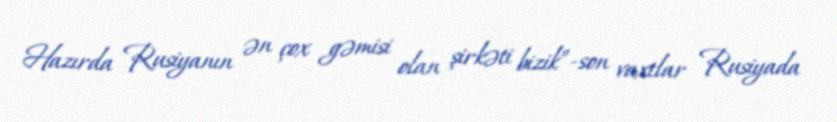
Hazırda Rusiyanın ən çox gəmisi olan şirkəti bizik”-son vaxtlar Rusiyada